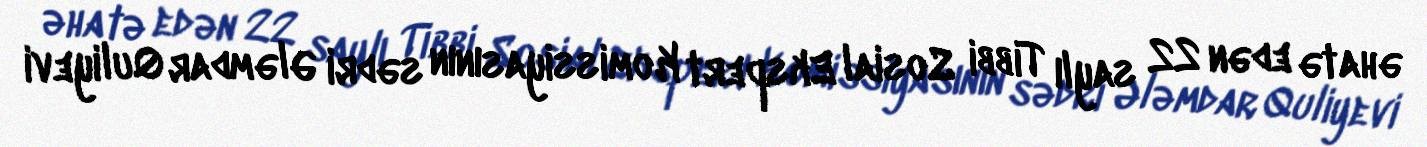
əhatə edən 22 saylı Tibbi Sosial Ekspert Komissiyasının sədri Ələmdar Quliyevi